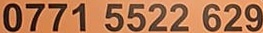
0771 5522 629